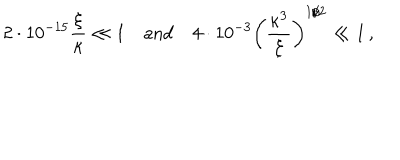
2 \cdot 1 0 ^ { - 1 5 } \frac { \xi } { \kappa } \ll 1 \quad \mathrm { a n d } \quad 4 \cdot 1 0 ^ { - 3 } \left( \frac { \kappa ^ { 3 } } { \xi } \right) ^ { 1 / 2 } \ll 1 \, ,